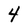
Character: 4